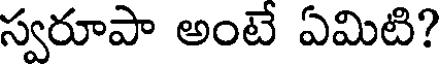
స్వరూపా అంటే ఏమిటి?